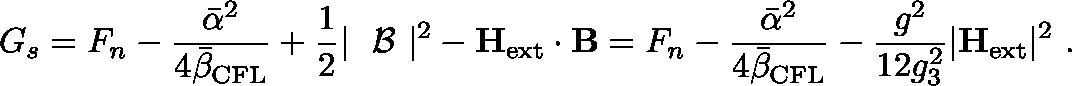
G _ { s } = F _ { n } - \frac { { \bar { \alpha } } ^ { 2 } } { 4 { \bar { \beta } } _ { \mathrm { C F L } } } + \frac 1 2 | \mathrm { \boldmath ~ { \cal ~ B } ~ } | ^ { 2 } - { \bf H } _ { \mathrm { e x t } } \cdot { \bf B } = F _ { n } - \frac { { \bar { \alpha } } ^ { 2 } } { 4 { \bar { \beta } } _ { \mathrm { C F L } } } - \frac { g ^ { 2 } } { 1 2 g _ { 3 } ^ { 2 } } | { \bf H } _ { \mathrm { e x t } } | ^ { 2 } \ .